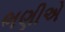
ભણીએ